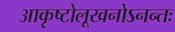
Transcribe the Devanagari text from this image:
आकृष्टोलूखनोऽनन्तः